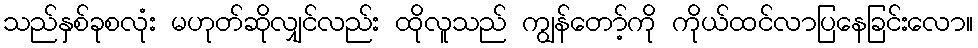
သည်နှစ်ခုစလုံး မဟုတ်ဆိုလျှင်လည်း ထိုလူသည် ကျွန်တော့်ကို ကိုယ်ထင်လာပြနေခြင်းလော။